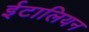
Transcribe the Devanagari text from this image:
ईटालियन